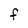
Character: f